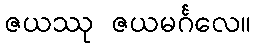
ဇယဿု ဇယမင်္ဂလေ။